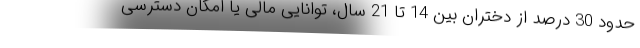
حدود 30 درصد از دختران بین 14 تا 21 سال، توانایی مالی یا امکان دسترسی